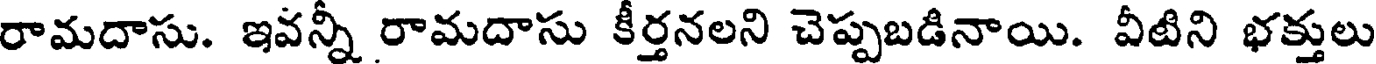
రామదాసు. ఇవన్నీ రామదాసు కీర్తనలని చెప్పబడినాయి. వీటిని భక్తులు